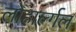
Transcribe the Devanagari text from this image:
लोहार्ल्गल